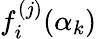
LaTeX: f_{i}^{(j)}(\alpha_{k})